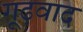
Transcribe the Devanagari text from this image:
गूढ़वाद